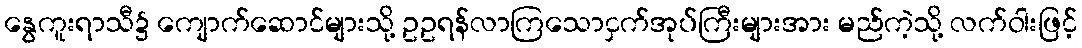
နွေကူးရာသီ၌ ကျောက်ဆောင်များသို့ ဥဥရန်လာကြသောငှက်အုပ်ကြီးများအား မည်ကဲ့သို့ လက်ဝါးဖြင့်